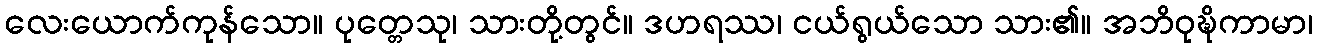
လေးယောက်ကုန်သော။ ပုတ္တေသု၊ သားတို့တွင်။ ဒဟရဿ၊ ငယ်ရွယ်သော သား၏။ အဘိဝုဍ္ဎိကာမာ၊